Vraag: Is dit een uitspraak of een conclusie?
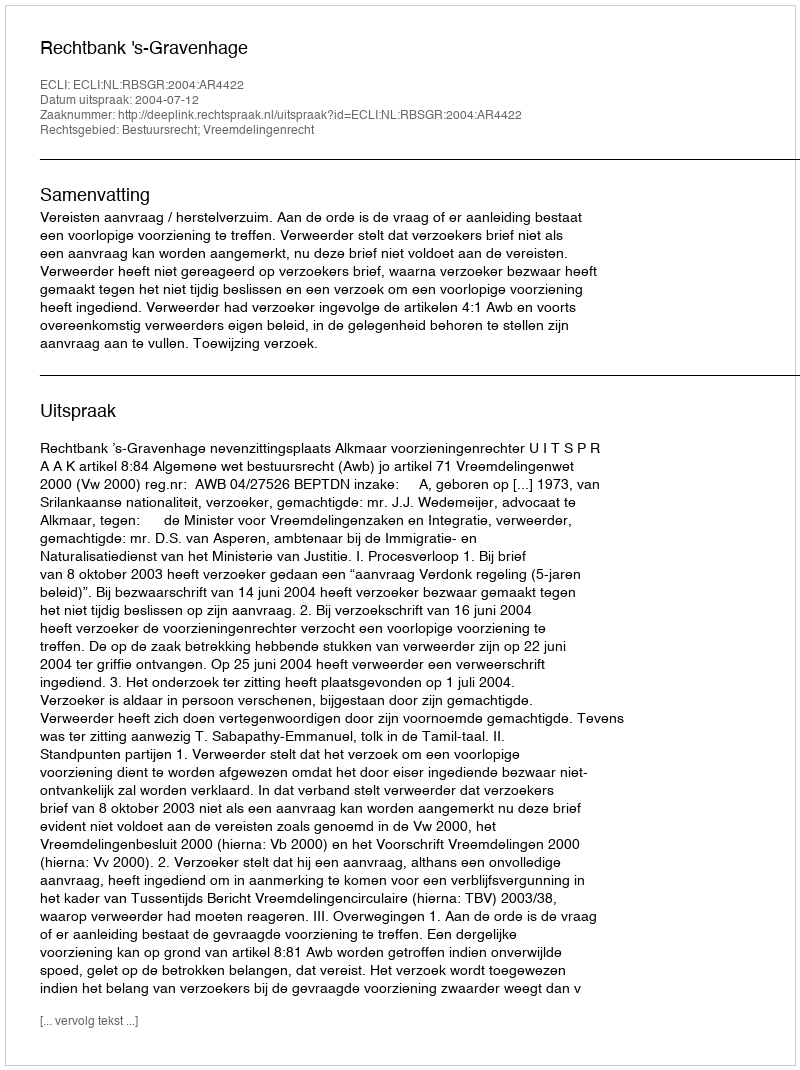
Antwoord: Uitspraak